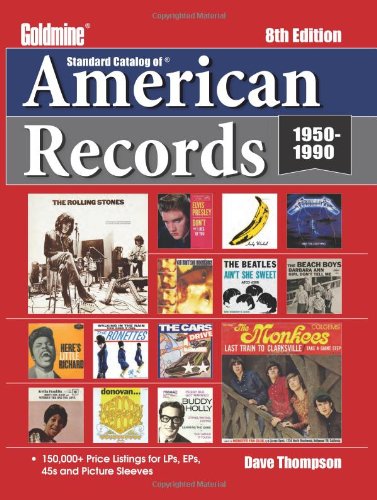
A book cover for Standard Catalog of American Records (Goldmine Standard Catalog of American Records); Dave Thompson; Crafts, Hobbies & Home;